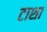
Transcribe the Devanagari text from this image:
टाशा